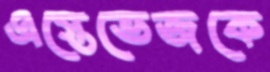
এস্তেভেজকে